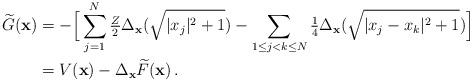
LaTeX: \begin{align*} \widetilde{G}({\bf x})&=-\Big[\sum_{j=1}^{N} \tfrac{Z}{2}\Delta_{{\bf x}}(\sqrt{|x_j|^2+1}) -\sum_{1\le j<k\le N}\tfrac14\Delta_{{\bf x}}(\sqrt{|x_j-x_k|^2+1}) \Big] \\&=V({\bf x})- \Delta_{{\bf x}}\widetilde{F}({\bf x})\,.\end{align*}